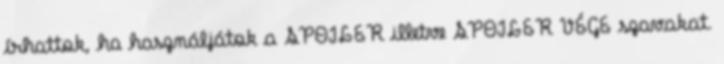
írhattok, ha használjátok a SPOILER illetve SPOILER VÉGE szavakat.